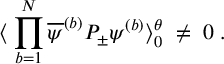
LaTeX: \langle \; \prod _ { b = 1 } ^ { N } \overline { { { \psi } } } ^ { ( b ) } P _ { \pm } \psi ^ { ( b ) } \rangle _ { 0 } ^ { \theta } \; \neq \; 0 \; .